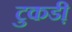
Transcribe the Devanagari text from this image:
टुकडी़